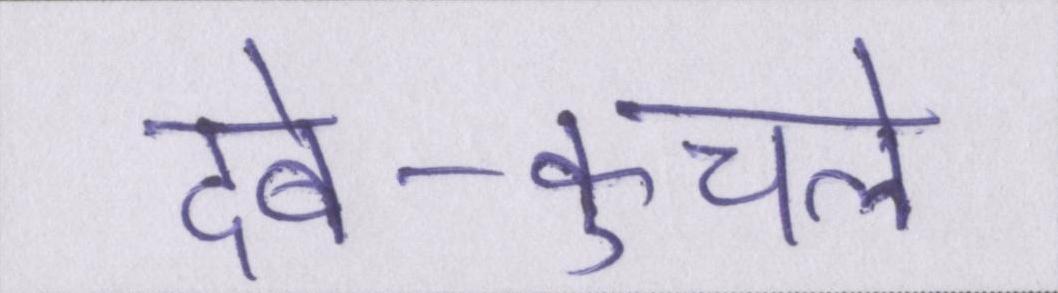
दबे-कुचले